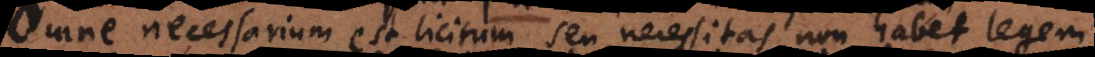
Omne necessarium est licitum; seu necessitas non habet legem